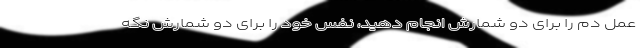
عمل دم را برای دو شمارش انجام دهید، نفس خود را برای دو شمارش نگه